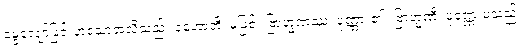
မွေ့လျော်ခြင်းဟူသောအလိုသည်။ နဟောတိ၊ မဖြစ်။ ဗြာဟ္မဏဿ၊ ပုဏ္ဏား၏။ ဗြာဟ္မဏီ၊ ပုဏ္ဏေးမသည်။